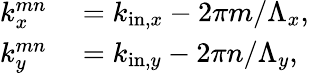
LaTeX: \begin{array}{rl}{k_{x}^{mn}}&{{}=k_{\mathrm{in},x}-2\pi m/\Lambda_{x},}\\ {k_{y}^{mn}}&{{}=k_{\mathrm{in},y}-2\pi n/\Lambda_{y},}\end{array}